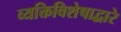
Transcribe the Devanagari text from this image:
व्यक्तिविशेषाद्वारे